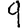
Digit: 9